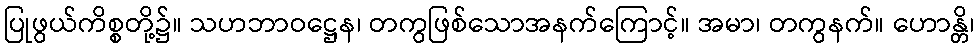
ပြုဖွယ်ကိစ္စတို့၌။ သဟဘာဝဋ္ဌေန၊ တကွဖြစ်သောအနက်ကြောင့်။ အမာ၊ တကွနက်။ ဟောန္တိ၊